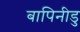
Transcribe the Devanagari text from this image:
बापिनीडु